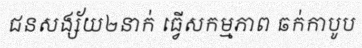
ជនសង្ស័យ២នាក់ ធ្វើសកម្មភាព ឆក់កាបូប